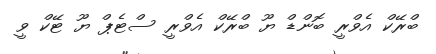
ބްރޭކް އެވްރީ ބޮންޑް ޔޫ ބްރޭކް އެވްރީ ސްޓެޕް ޔޫ ޓޭކް ވީ